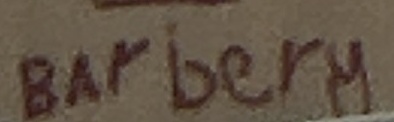
Barbery